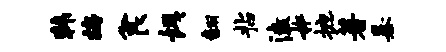
韩鸪食姻以翻拈溘#摭著暴